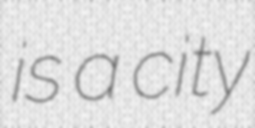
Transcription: is a city